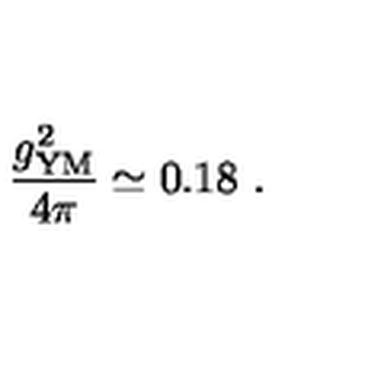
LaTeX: { \frac { g _ { \mathrm { Y M } } ^ { 2 } } { 4 \pi } } \simeq 0 . 1 8 \ .